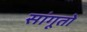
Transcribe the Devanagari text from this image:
सांगूतो